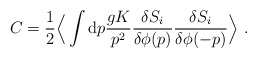
\begin{align*}C={1\over 2} \Big\langle\int {\rm d}p{gK\over p^2}{{\delta S_{i}}\over\delta\phi(p)}{{\delta S_{i}}\over\delta\phi(-p)}\Big\rangle\ .\end{align*}